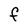
Character: F